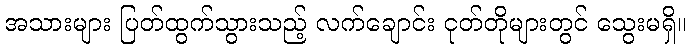
အသားများ ပြတ်ထွက်သွားသည့် လက်ချောင်း ငုတ်တိုများတွင် သွေးမရှိ။